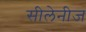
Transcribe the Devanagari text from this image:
सीलेनीज